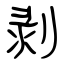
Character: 剥